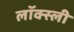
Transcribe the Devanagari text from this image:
लॉक्स्ली